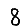
Digit: 8